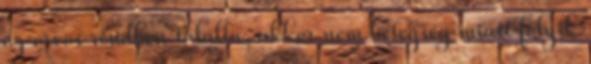
az orvos rendben találta, akkor nem betegség miatt folyik